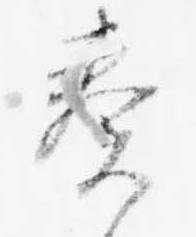
奏